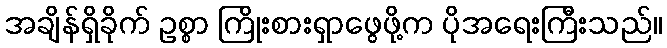
အချိန်ရှိခိုက် ဥစ္စာ ကြိုးစားရှာဖွေဖို့က ပိုအရေးကြီးသည်။